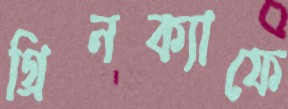
গ্রিনক্যাফে